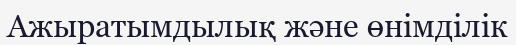
Ажыратымдылық және өнімділік